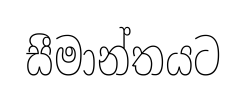
සීමාන්තයට